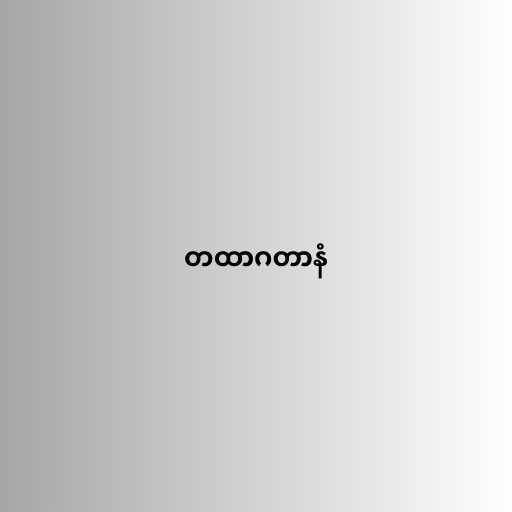
တထာဂတာနံ